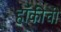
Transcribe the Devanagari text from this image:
हॉकीची